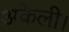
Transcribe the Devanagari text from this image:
अकेली।